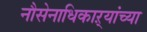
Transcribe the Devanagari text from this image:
नौसेनाधिकाऱ्यांच्या